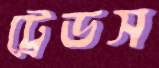
ট্রেডস